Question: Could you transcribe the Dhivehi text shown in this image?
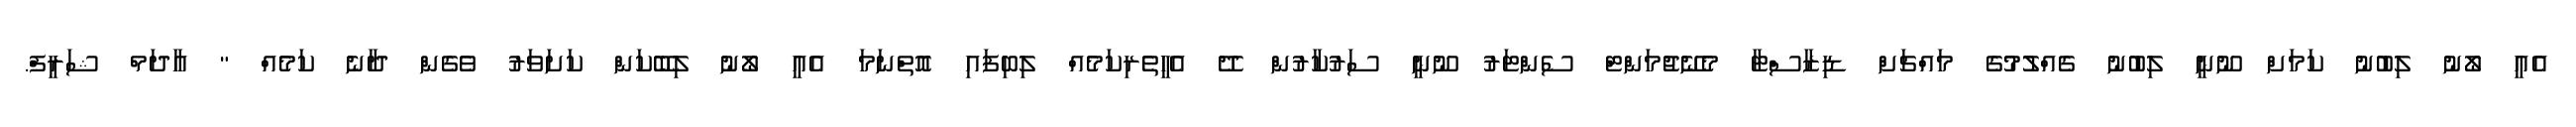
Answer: އެއީ ލޯނު ލިބުނު ކަމަށް ނޫނީ ލިބުނު ގެއްލުމުގެ މައްޗަށް ޑިޒާސްޓާ މެނޭޖުމަންޓް ސެންޓަރު ނޫނީ ސަރުކާރުން ދޭ އެހީތެރިކަމެއް ލިބިފައި އޮތްނަމަ އެއީ ލޯނު ލިބޭކަން ކަށަވަރު ވެގެން ދާނެ ކަމެއް " އާދަމް ޝަރީފް.